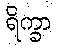
ရိက္ခာ